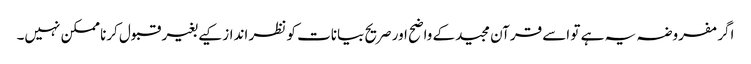
اگر مفروضہ یہ ہے تو اسے قرآن مجیدکے واضح اور صریح بیانات کو نظر انداز کیے بغیر قبول کرنا ممکن نہیں۔